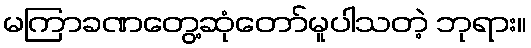
မကြာခဏတွေ့ဆုံတော်မူပါသတဲ့ ဘုရား။